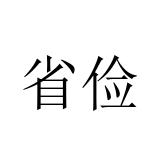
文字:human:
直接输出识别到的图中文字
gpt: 省俭